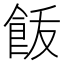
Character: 𩚿